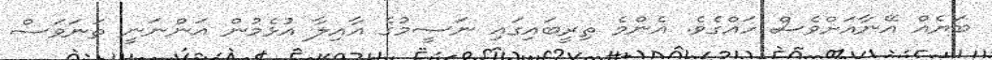
ބަޔެއް އޭނާއަށްވެސް ހައްގެވެ. އެންމެ ތިރީބައިގައި ނަސީމުގެ އާއިލާ އުޅެމުން އަންނަނީ ތަނަވަސް